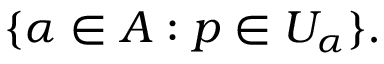
\{ \alpha \in A : p \in U _ { \alpha } \} .